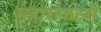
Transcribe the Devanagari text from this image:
महारांजानी